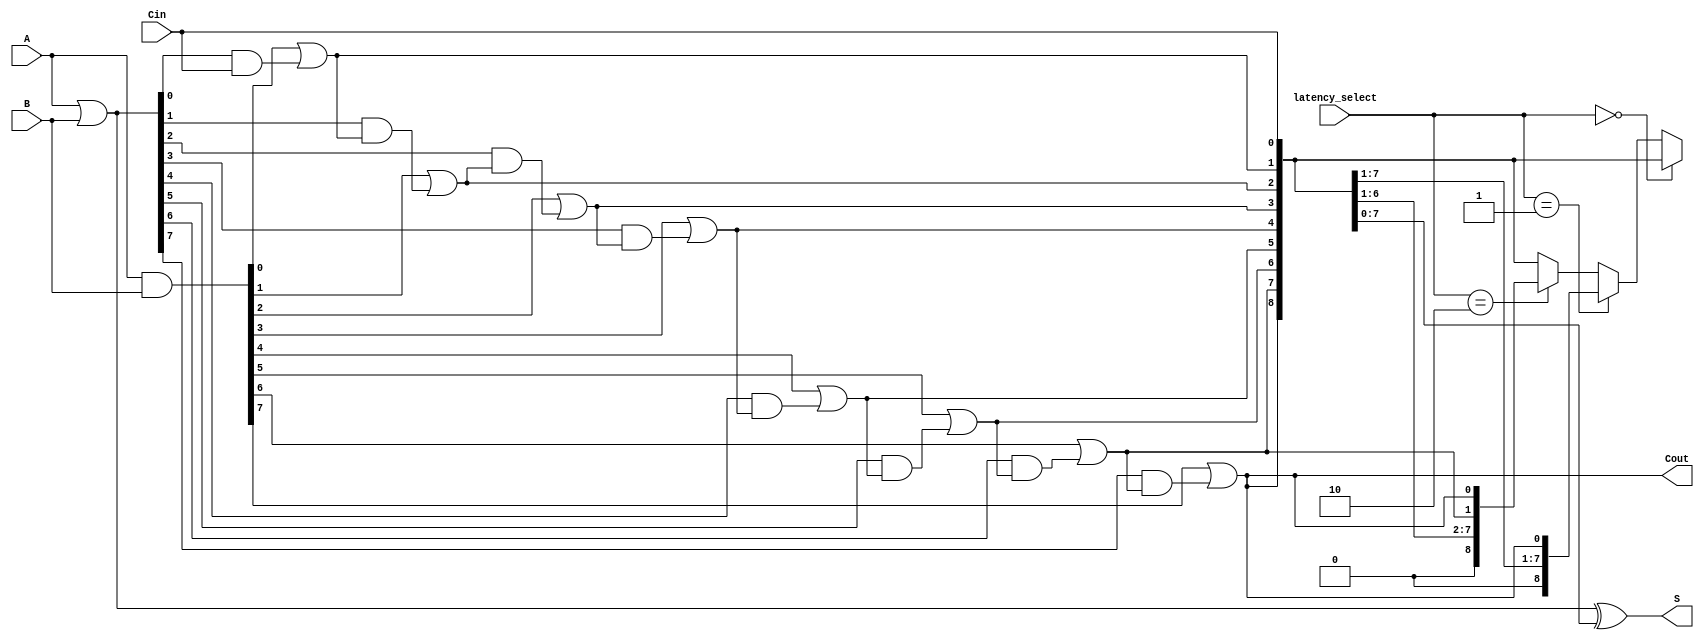
module VariableLatencyCLAA #(
    parameter N = 8 // Width of the adder (default is 8 bits)
)(
    input  [N-1:0] A, // First operand
    input  [N-1:0] B, // Second operand
    input          Cin, // Carry-in
    input  [1:0]   latency_select, // Control signals for latency configuration
    output [N-1:0] S, // Sum output
    output         Cout // Carry-out output
);

    // Generate and propagate signals
    wire [N-1:0] G; // Generate
    wire [N-1:0] P; // Propagate
    wire [N:0] C;   // Carry signals (C[0] is Cin)

    // Generate and Propagate calculations
    assign G = A & B; // G[i] = A[i] & B[i]
    assign P = A | B; // P[i] = A[i] | B[i]

    // Carry calculations
    assign C[0] = Cin; // C[0] = Cin

    genvar i;
    generate
        for (i = 1; i <= N; i = i + 1) begin : carry_calculation
            assign C[i] = G[i-1] | (P[i-1] & C[i-1]); // C[i] = G[i-1] | (P[i-1] & C[i-1])
        end
    endgenerate

    // Sum calculation
    assign S = P ^ C[N-1:0]; // S[i] = P[i] ^ C[i]

    // Carry-out
    assign Cout = C[N]; // Cout = C[N]

    // Control logic for variable latency (dummy example)
    // This part can be expanded based on how you want to implement variable latency
    // For now, we'll just pass through the standard C outputs, but this can be
    // modified to use different levels of carry lookahead based on latency_select
    // This is a simplified example assuming 2 levels of latency

    // Example of selecting different levels of carry lookahead
    // The actual implementation may vary based on specific requirements
    wire [N:0] C_latency;
    assign C_latency = (latency_select == 2'b00) ? C :
                       (latency_select == 2'b01) ? {C[N-1:1], C[N]} : // Faster
                       (latency_select == 2'b10) ? {C[N-2:1], C[N-1], C[N]} : // Medium
                                                     C; // Slow (default)

    // Output carry-out after latency control
    assign Cout = C_latency[N];

endmodule